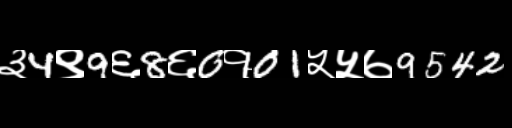
Text: ३4९9६8६0१01५५७9542